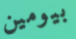
بيومين